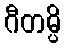
ဂီတမ္ပိ